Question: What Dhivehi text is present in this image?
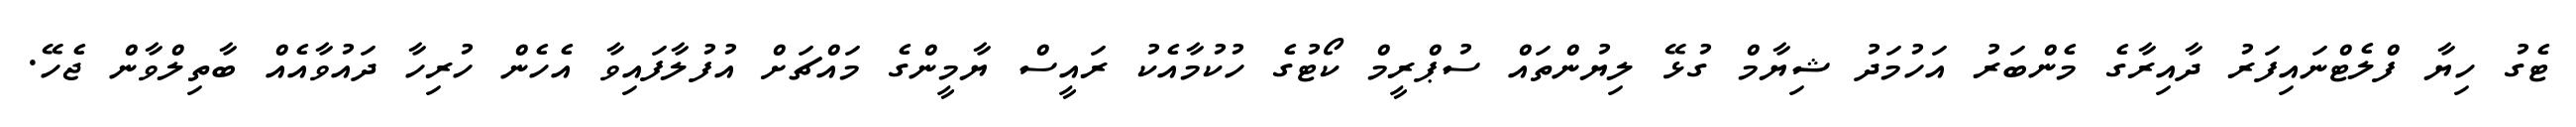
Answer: ޓެގު ހިޔާ ފްލެޓްނައިފަރު ދާއިރާގެ މެންބަރު އަހުމަދު ޝިޔާމް ގުޅޭ ލިޔުންތައް ސުޕްރީމް ކޯޓުގެ ހުކުމާއެކު ރައީސް ޔާމީންގެ މައްޗަށް އުފުލާފައިވާ އެހެން ހުރިހާ ދައުވާއެއް ބާތިލްވާން ޖެހޭ.